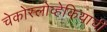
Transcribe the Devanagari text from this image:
चेकोस्लोव्हेकियाची